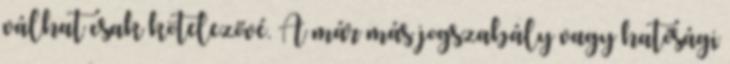
válhat csak kötelezővé. A már más jogszabály vagy hatósági